Plague in India, 1896, 1897 - Volume 3
Year: 1896
Disease focus: Plague
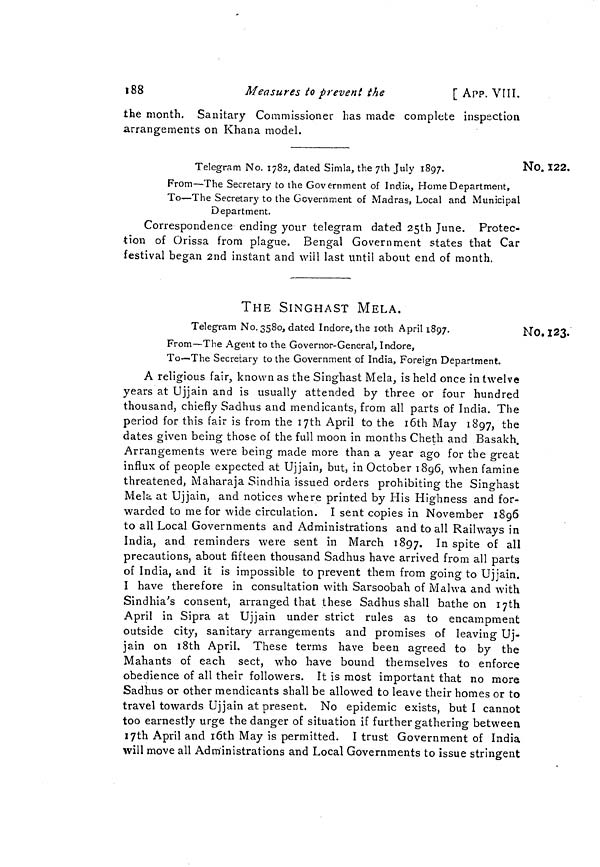
188
Measures ío prevent the
[ APP. VIII.
the month. Sanitary Commissioner has made complete inspection
arrangements on Khana model.
NO. 122.
Telegram No. 1782, dated Simla, the 7th July 1897.
From—The Secretary to the Government of India, Home Department,
To—The Secretary to the Government of Madras, Local and Municipal
Department.
Correspondence ending your telegram dated 25th June. Protec-
tion of Orissa from plague. Bengal Government states that Car
festival began 2nd instant and will last until about end of month.
No. 123.
THE SINGHAST MELA.
Telegram No. 3580, dated Indore, the 10th April 1897.
From—The Agent to the Governor-General, Indore,
To—The Secretary to the Government of India, Foreign Department.
A religious fair, known as the Singhast Mela, is held once in twelve
years at Ujjain and is usually attended by three or four hundred
thousand, chiefly Sadhus and mendicants, from all parts of India. The
period for this fair is from the 17th April to the 16th May 1897, the
dates given being those of the full moon in months Cheth and Basakh.
Arrangements were being made more than a year ago for the great
influx of people expected at Ujjain, but, in October 1896, when famine
threatened, Maharaja Sindhia issued orders prohibiting the Singhast
Mela at Ujjain, and notices where printed by His Highness and for-
warded to me for wide circulation. I sent copies in November 1896
to all Local Governments and Administrations and to all Railways in
India, and reminders were sent in March 1897. I n spite of all
precautions, about fifteen thousand Sadhus have arrived from all parts
of India, and it is impossible to prevent them from going to Ujjain.
I have therefore in consultation with Sarsoobah of Malwa and with
Sindhia's consent, arranged that these Sadhus shall bathe on 17th
April in Sipra at Ujjain under strict rules as to encampment
outside city, sanitary arrangements and promises of leaving Uj-
jain on 18th April. These terms have been agreed to by the
Mahants of each sect, who have bound themselves to enforce
obedience of all their followers. It is most important that no more
Sadhus or other mendicants shall be allowed to leave their homes or to
travel towards Ujjain at present. No epidemic exists, but I cannot
too earnestly urge the danger of situation if further gathering between
17th April and 16th May is permitted. I trust Government of India
will move all Administrations and Local Governments to issue stringent